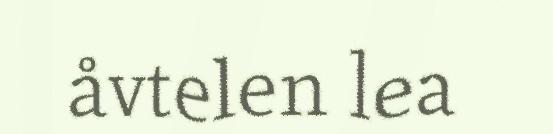
åvtelen lea